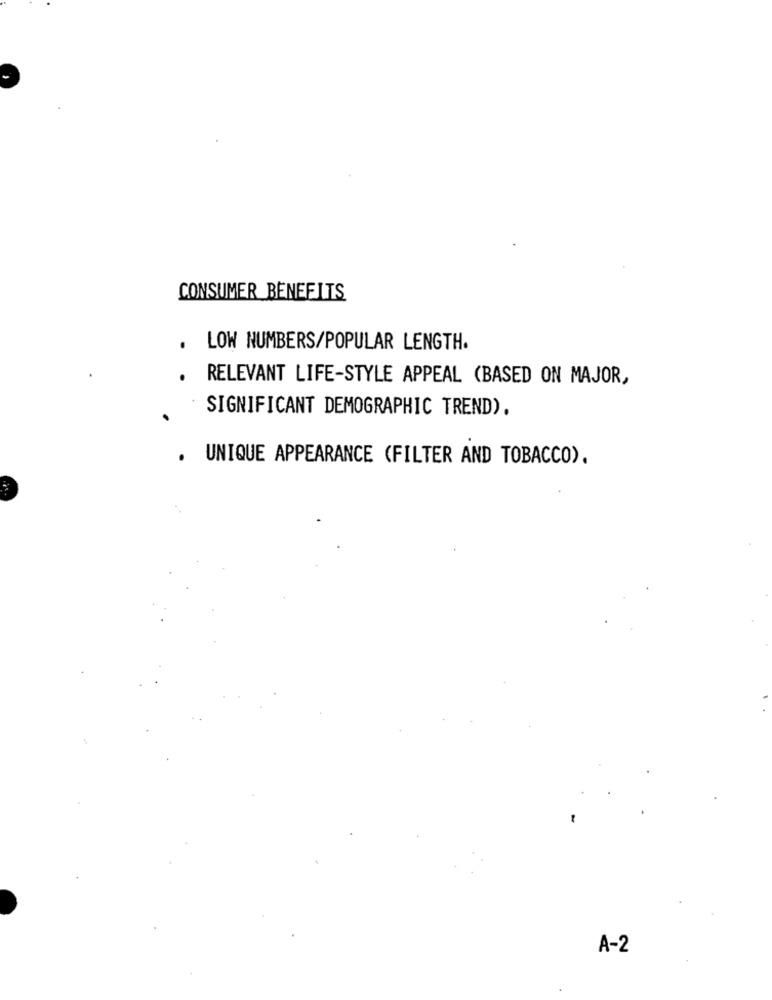
CONSUMER BENEFITS
LOW NUMBERS/POPULAR LENGTH.
RELEVANT LIFE-STYLE APPEAL (BASED ON MAJOR,
SIGNIFICANT DEMOGRAPHIC TREND).
UNIQUE APPEARANCE (FILTER AND TOBACCO).
A-2